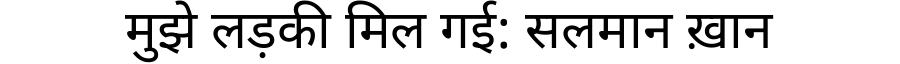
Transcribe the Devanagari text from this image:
मुझे लड़की मिल गई: सलमान ख़ान